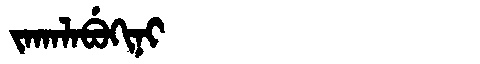
Manchu: ᠵᠠᡴᠠᠯᠠᠪᡠᡴᡳᠨᡳ
Romanization: JAKALABUKINI